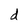
Character: d